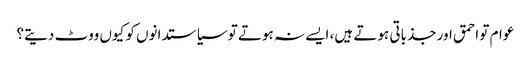
عوام تو احمق اور جذباتی ہوتے ہیں، ایسے نہ ہوتے تو سیاستدانوں کو کیوں ووٹ دیتے؟